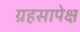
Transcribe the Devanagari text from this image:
ग्रहसापेक्ष